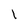
Character: I